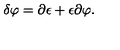
\delta \varphi = \partial \epsilon + \epsilon \partial \varphi .